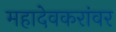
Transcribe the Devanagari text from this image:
महादेवकरांवर